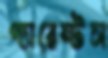
প্যারেন্টস